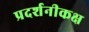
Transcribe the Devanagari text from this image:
प्रदर्शनीकक्ष